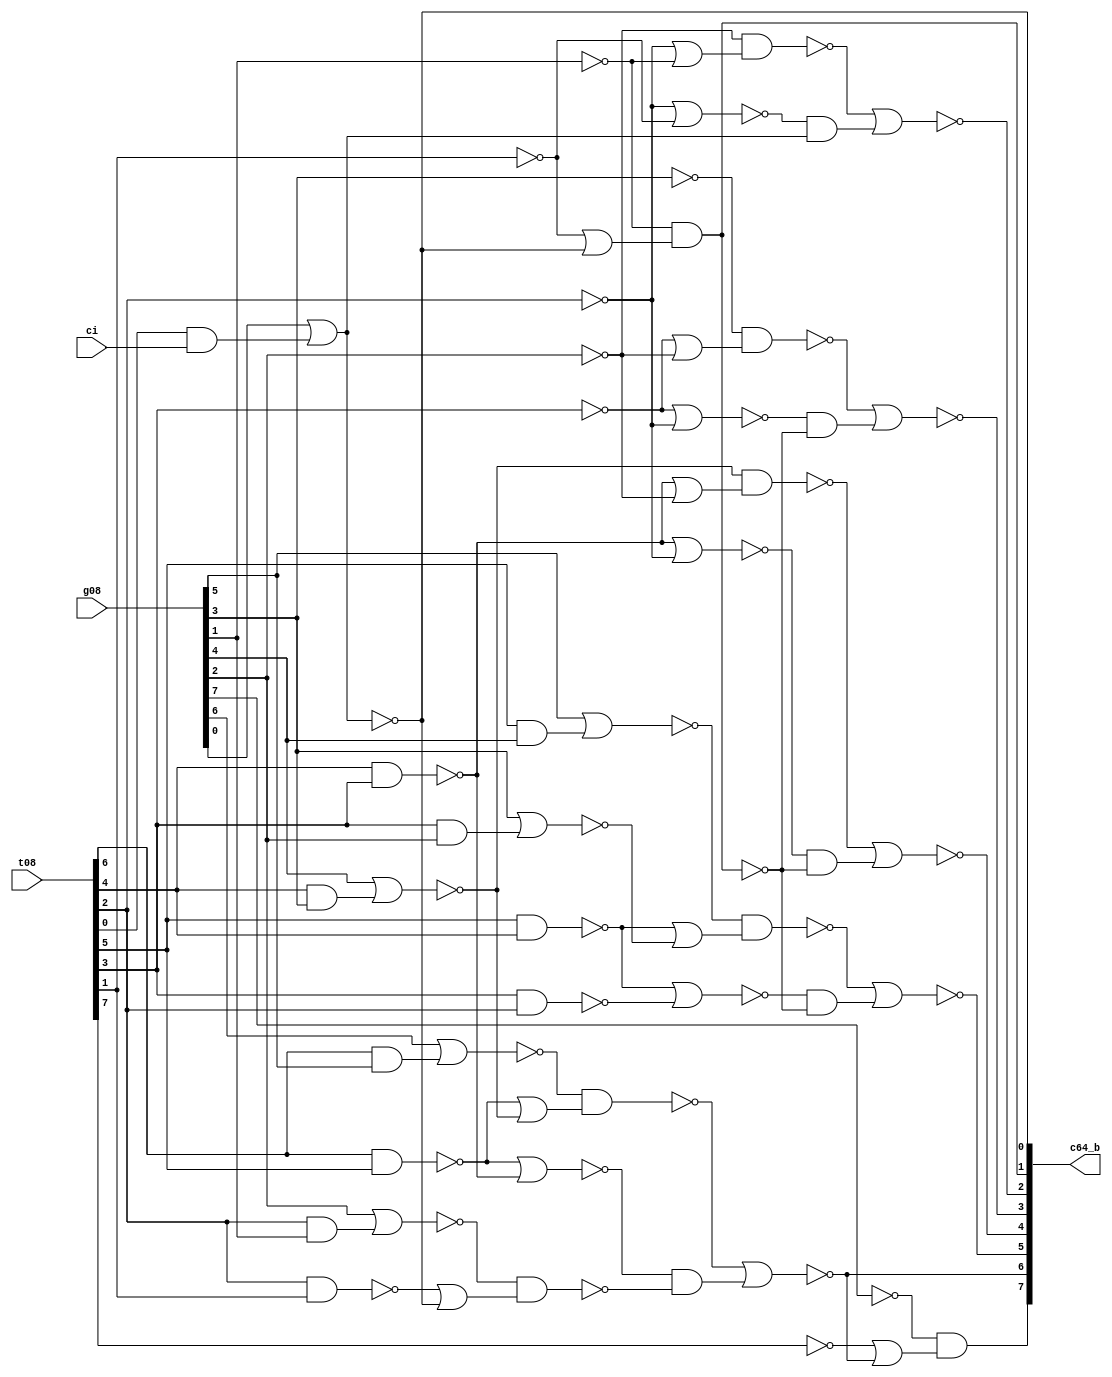
//  IBM Corp. 2020
// Licensed under the Apache License, Version 2.0 (the "License"), as modified by
// the terms below; you may not use the files in this repository except in
// compliance with the License as modified.
// You may obtain a copy of the License at http://www.apache.org/licenses/LICENSE-2.0
//
// Modified Terms:
//
//    1) For the purpose of the patent license granted to you in Section 3 of the
//    License, the "Work" hereby includes implementations of the work of authorship
//    in physical form.
//
//    2) Notwithstanding any terms to the contrary in the License, any licenses
//    necessary for implementation of the Work that are available from OpenPOWER
//    via the Power ISA End User License Agreement (EULA) are explicitly excluded
//    hereunder, and may be obtained from OpenPOWER under the terms and conditions
//    of the EULA.
//
// Unless required by applicable law or agreed to in writing, the reference design
// distributed under the License is distributed on an "AS IS" BASIS, WITHOUT
// WARRANTIES OR CONDITIONS OF ANY KIND, either express or implied. See the License
// for the specific language governing permissions and limitations under the License.
//
// Additional rights, including the ability to physically implement a softcore that
// is compliant with the required sections of the Power ISA Specification, are
// available at no cost under the terms of the OpenPOWER Power ISA EULA, which can be
// obtained (along with the Power ISA) here: https://openpowerfoundation.org.

//  Description:  Adder Component
//
//*****************************************************************************

`timescale 1 ns / 1 ns

// input phase is important
// (change X (B) by switching xor/xnor )

module tri_st_add_glbglbci(
   g08,
   t08,
   ci,
   c64_b
);
   input [0:7]  g08;
   input [0:7]  t08;
   input        ci;
   output [0:7] c64_b;

   wire [0:3]   b0_g16_b;
   wire [0:2]   b0_t16_b;
   wire [0:1]   b0_g32;
   wire [0:0]   b0_t32;
   wire [0:3]   b1_g16_b;
   wire [0:2]   b1_t16_b;
   wire [0:1]   b1_g32;
   wire [0:0]   b1_t32;
   wire [0:3]   b2_g16_b;
   wire [0:2]   b2_t16_b;
   wire [0:1]   b2_g32;
   wire [0:0]   b2_t32;
   wire [0:3]   b3_g16_b;
   wire [0:2]   b3_t16_b;
   wire [0:1]   b3_g32;
   wire [0:0]   b3_t32;
   wire [0:3]   b4_g16_b;
   wire [0:2]   b4_t16_b;
   wire [0:1]   b4_g32;
   wire [0:0]   b4_t32;
   wire [0:2]   b5_g16_b;
   wire [0:1]   b5_t16_b;
   wire [0:1]   b5_g32;
   wire [0:0]   b5_t32;
   wire [0:1]   b6_g16_b;
   wire [0:0]   b6_t16_b;
   wire [0:0]   b6_g32;
   wire [0:0]   b7_g16_b;
   wire [0:0]   b7_g32;
   wire         b0_g56_b;
   wire         b0_c64;
   wire [0:0]   g08_b;
   wire [0:0]   t08_b;

   ////#############################
   ////## byte 0 <for CO only ??
   ////#############################

   assign b0_g16_b[0] = (~(g08[1] | (t08[1] & g08[2])));
   assign b0_g16_b[1] = (~(g08[3] | (t08[3] & g08[4])));
   assign b0_g16_b[2] = (~(g08[5] | (t08[5] & g08[6])));
   assign b0_g16_b[3] = (~(g08[7] | (t08[7] & ci)));

   assign b0_t16_b[0] = (~(t08[1] & t08[2]));
   assign b0_t16_b[1] = (~(t08[3] & t08[4]));
   assign b0_t16_b[2] = (~(t08[5] & t08[6]));

   assign b0_g32[0] = (~(b0_g16_b[0] & (b0_t16_b[0] | b0_g16_b[1])));
   assign b0_g32[1] = (~(b0_g16_b[2] & (b0_t16_b[2] | b0_g16_b[3])));
   assign b0_t32[0] = (~(b0_t16_b[0] | b0_t16_b[1]));

   assign g08_b[0] = (~g08[0]);
   assign t08_b[0] = (~t08[0]);

   assign b0_g56_b = (~(b0_g32[0] | (b0_t32[0] & b0_g32[1])));		//output--

   assign b0_c64 = (~(g08_b[0] & (t08_b[0] | b0_g56_b)));

   assign c64_b[0] = (~(b0_c64));

   ////#############################
   ////## byte 1
   ////#############################

   assign b1_g16_b[0] = (~(g08[1] | (t08[1] & g08[2])));
   assign b1_g16_b[1] = (~(g08[3] | (t08[3] & g08[4])));
   assign b1_g16_b[2] = (~(g08[5] | (t08[5] & g08[6])));
   assign b1_g16_b[3] = (~(g08[7] | (t08[7] & ci)));

   assign b1_t16_b[0] = (~(t08[1] & t08[2]));
   assign b1_t16_b[1] = (~(t08[3] & t08[4]));
   assign b1_t16_b[2] = (~(t08[5] & t08[6]));

   assign b1_g32[0] = (~(b1_g16_b[0] & (b1_t16_b[0] | b1_g16_b[1])));
   assign b1_g32[1] = (~(b1_g16_b[2] & (b1_t16_b[2] | b1_g16_b[3])));
   assign b1_t32[0] = (~(b1_t16_b[0] | b1_t16_b[1]));

   assign c64_b[1] = (~(b1_g32[0] | (b1_t32[0] & b1_g32[1])));		//output--

   ////#############################
   ////## byte 2
   ////#############################

   assign b2_g16_b[0] = (~(g08[2] | (t08[2] & g08[3])));
   assign b2_g16_b[1] = (~(g08[4] | (t08[4] & g08[5])));
   assign b2_g16_b[2] = (~(g08[6]));
   assign b2_g16_b[3] = (~(g08[7] | (t08[7] & ci)));

   assign b2_t16_b[0] = (~(t08[2] & t08[3]));
   assign b2_t16_b[1] = (~(t08[4] & t08[5]));
   assign b2_t16_b[2] = (~(t08[6]));

   assign b2_g32[0] = (~(b2_g16_b[0] & (b2_t16_b[0] | b2_g16_b[1])));
   assign b2_g32[1] = (~(b2_g16_b[2] & (b2_t16_b[2] | b2_g16_b[3])));
   assign b2_t32[0] = (~(b2_t16_b[0] | b2_t16_b[1]));

   assign c64_b[2] = (~(b2_g32[0] | (b2_t32[0] & b2_g32[1])));		//output--

   ////#############################
   ////## byte 3
   ////#############################

   assign b3_g16_b[0] = (~(g08[3] | (t08[3] & g08[4])));
   assign b3_g16_b[1] = (~(g08[5]));
   assign b3_g16_b[2] = (~(g08[6]));
   assign b3_g16_b[3] = (~(g08[7] | (t08[7] & ci)));

   assign b3_t16_b[0] = (~(t08[3] & t08[4]));
   assign b3_t16_b[1] = (~(t08[5]));
   assign b3_t16_b[2] = (~(t08[6]));

   assign b3_g32[0] = (~(b3_g16_b[0] & (b3_t16_b[0] | b3_g16_b[1])));
   assign b3_g32[1] = (~(b3_g16_b[2] & (b3_t16_b[2] | b3_g16_b[3])));
   assign b3_t32[0] = (~(b3_t16_b[0] | b3_t16_b[1]));

   assign c64_b[3] = (~(b3_g32[0] | (b3_t32[0] & b3_g32[1])));		//output--

   ////#############################
   ////## byte 4
   ////#############################

   assign b4_g16_b[0] = (~(g08[4]));
   assign b4_g16_b[1] = (~(g08[5]));
   assign b4_g16_b[2] = (~(g08[6]));
   assign b4_g16_b[3] = (~(g08[7] | (t08[7] & ci)));

   assign b4_t16_b[0] = (~(t08[4]));
   assign b4_t16_b[1] = (~(t08[5]));
   assign b4_t16_b[2] = (~(t08[6]));

   assign b4_g32[0] = (~(b4_g16_b[0] & (b4_t16_b[0] | b4_g16_b[1])));
   assign b4_g32[1] = (~(b4_g16_b[2] & (b4_t16_b[2] | b4_g16_b[3])));
   assign b4_t32[0] = (~(b4_t16_b[0] | b4_t16_b[1]));

   assign c64_b[4] = (~(b4_g32[0] | (b4_t32[0] & b4_g32[1])));		//output--

   ////#############################
   ////## byte 5
   ////#############################

   assign b5_g16_b[0] = (~(g08[5]));
   assign b5_g16_b[1] = (~(g08[6]));
   assign b5_g16_b[2] = (~(g08[7] | (t08[7] & ci)));

   assign b5_t16_b[0] = (~(t08[5]));
   assign b5_t16_b[1] = (~(t08[6]));

   assign b5_g32[0] = (~(b5_g16_b[0] & (b5_t16_b[0] | b5_g16_b[1])));
   assign b5_g32[1] = (~(b5_g16_b[2]));
   assign b5_t32[0] = (~(b5_t16_b[0] | b5_t16_b[1]));

   assign c64_b[5] = (~(b5_g32[0] | (b5_t32[0] & b5_g32[1])));		//output--

   ////#############################
   ////## byte 6
   ////#############################

   assign b6_g16_b[0] = (~(g08[6]));
   assign b6_g16_b[1] = (~(g08[7] | (t08[7] & ci)));

   assign b6_t16_b[0] = (~(t08[6]));

   assign b6_g32[0] = (~(b6_g16_b[0] & (b6_t16_b[0] | b6_g16_b[1])));

   assign c64_b[6] = (~(b6_g32[0]));		//output--

   ////#############################
   ////## byte 7
   ////#############################

   assign b7_g16_b[0] = (~(g08[7] | (t08[7] & ci)));

   assign b7_g32[0] = (~(b7_g16_b[0]));

   assign c64_b[7] = (~(b7_g32[0]));		//output--



endmodule